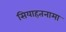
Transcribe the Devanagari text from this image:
सियाहतनामा